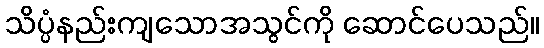
သိပ္ပံနည်းကျသောအသွင်ကို ဆောင်ပေသည်။